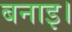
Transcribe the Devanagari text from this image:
बनाइ।